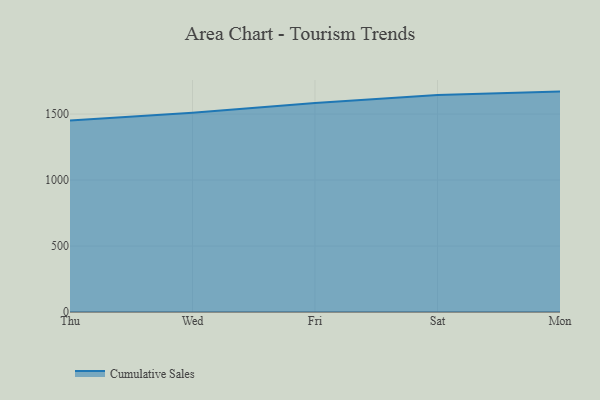
{"axis": {"x": "Day", "y": "Headcount"}, "legend": ["Cumulative Sales"], "data": [{"x": "Thu", "y": 1451.8, "type": "Cumulative Sales"}, {"x": "Wed", "y": 1510.2, "type": "Cumulative Sales"}, {"x": "Fri", "y": 1584.7, "type": "Cumulative Sales"}, {"x": "Sat", "y": 1644.4, "type": "Cumulative Sales"}, {"x": "Mon", "y": 1670.3, "type": "Cumulative Sales"}]}